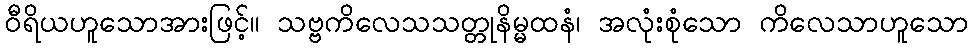
ဝီရိယဟူသောအားဖြင့်။ သဗ္ဗကိလေသသတ္တုနိမ္မထနံ၊ အလုံးစုံသော ကိလေသာဟူသော